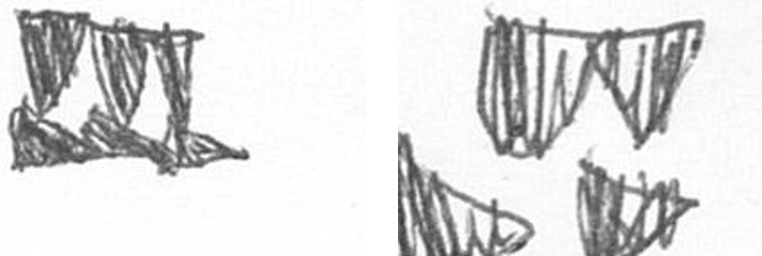
D B